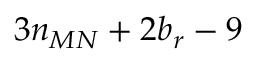
3 n _ { M N } + 2 b _ { r } - 9